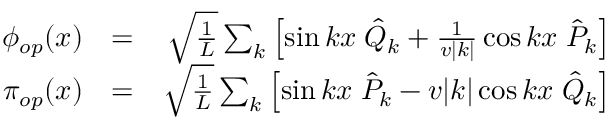
\begin{array} { r l r } { \phi _ { o p } ( x ) } & { = } & { \sqrt { \frac { 1 } { L } } \sum _ { k } \left[ \sin k x \; \hat { Q } _ { k } + \frac { 1 } { v | k | } \cos k x \; \hat { P } _ { k } \right] } \\ { \pi _ { o p } ( x ) } & { = } & { \sqrt { \frac { 1 } { L } } \sum _ { k } \left[ \sin k x \; \hat { P } _ { k } - v | k | \cos k x \; \hat { Q } _ { k } \right] } \end{array}